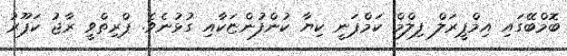
ބޮމްބޭގައި އިމްޕީރަލް ފިލްމް ކަމްޕަނީ ކިޔާ ކުންފުންޏަކާއި ގުޅުނެވެ. ޕްރިތްވީ ރާޖު ކަޕޫރު